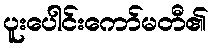
ပူးပေါင်းကော်မတီ၏